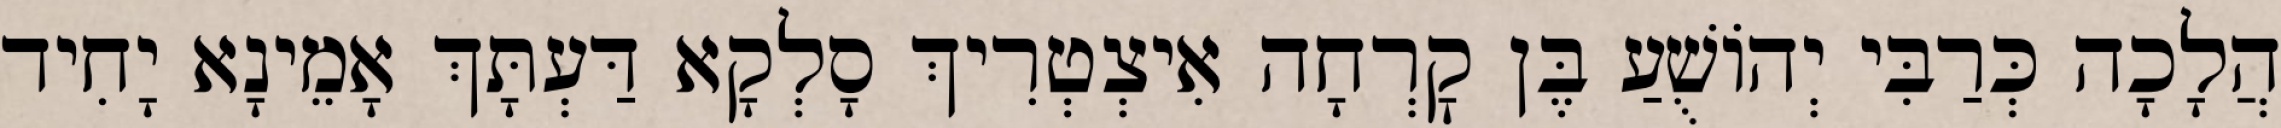
הֲלָכָה כְּרַבִּי יְהוֹשֻׁעַ בֶּן קׇרְחָה אִיצְטְרִיךְ סָלְקָא דַּעְתָּךְ אָמֵינָא יָחִיד